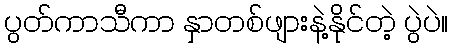
ပွတ်ကာသီကာ နှာတစ်ဖျားနဲ့နိုင်တဲ့ ပွဲပဲ။